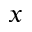
x